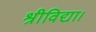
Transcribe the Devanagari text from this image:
श्रीविद्या।